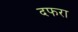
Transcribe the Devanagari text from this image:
दफरा